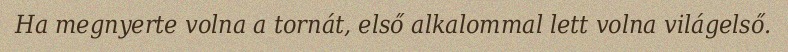
Ha megnyerte volna a tornát, első alkalommal lett volna világelső.